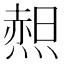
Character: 𱫿